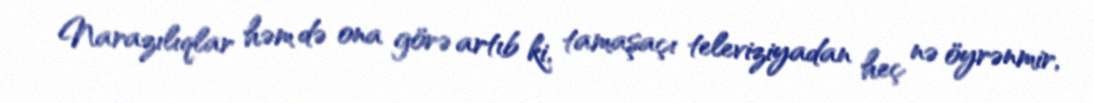
Narazılıqlar həm də ona görə artıb ki, tamaşaçı televiziyadan heç nə öyrənmir,